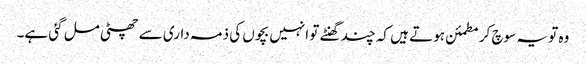
وہ تو یہ سوچ کر مطمئن ہوتے ہیں کہ چند گھنٹے تو انہیں بچوں کی ذمہ داری سے چھٹی مل گئی ہے۔